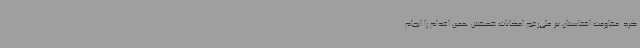
کرد. مقاومت افغانستان نیز علی‌رغم امکانات ضعیفش همین اقدام را انجام